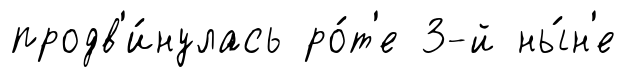
продв'и́нулась ро́т'е 3-й ны́н'е